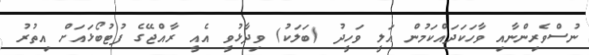
ނުސްވެރިންނާއި ވާހަކަދައްކަމުން އަލީ ވަހީދު (ބަލަކު) ވިދާޅުވީ އެއީ ރާއްޖޭގެ ފުޓުބޯޅައަށް އިތުރު